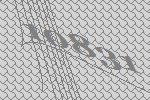
10831